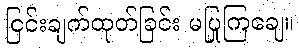
ငြင်းချက်ထုတ်ခြင်း မပြုကြချေ။